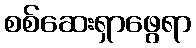
စစ်ဆေးရှာဖွေရာ